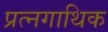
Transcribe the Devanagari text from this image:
प्रत्नगाथिक